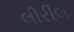
લીરીલ